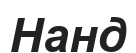
Нанд